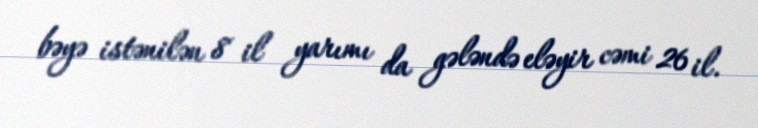
bəyə istənilən 8 il yarımı da gələndə eləyir cəmi 26 il.